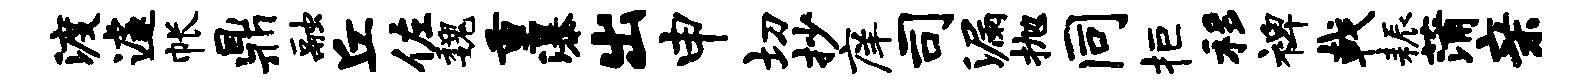
渡遽帐鼎融丘佐魏重瀑出申切抄庠司漏抛同拒移裨戟耨蒲亲